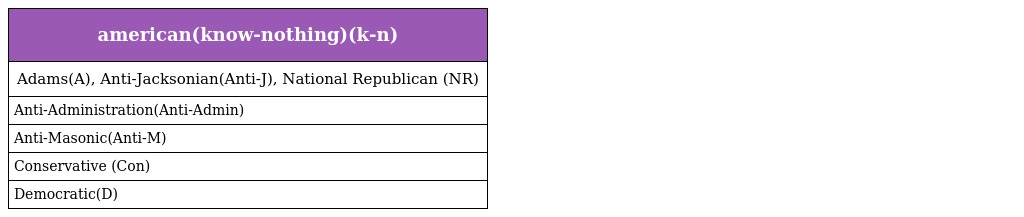
| american(know-nothing)(k-n) |
 | --- |
 | Adams(A), Anti-Jacksonian(Anti-J), National Republican (NR) |
 | Anti-Administration(Anti-Admin) |
 | Anti-Masonic(Anti-M) |
 | Conservative (Con) |
 | Democratic(D) |